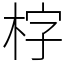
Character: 𣑑